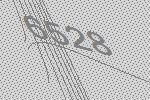
6528